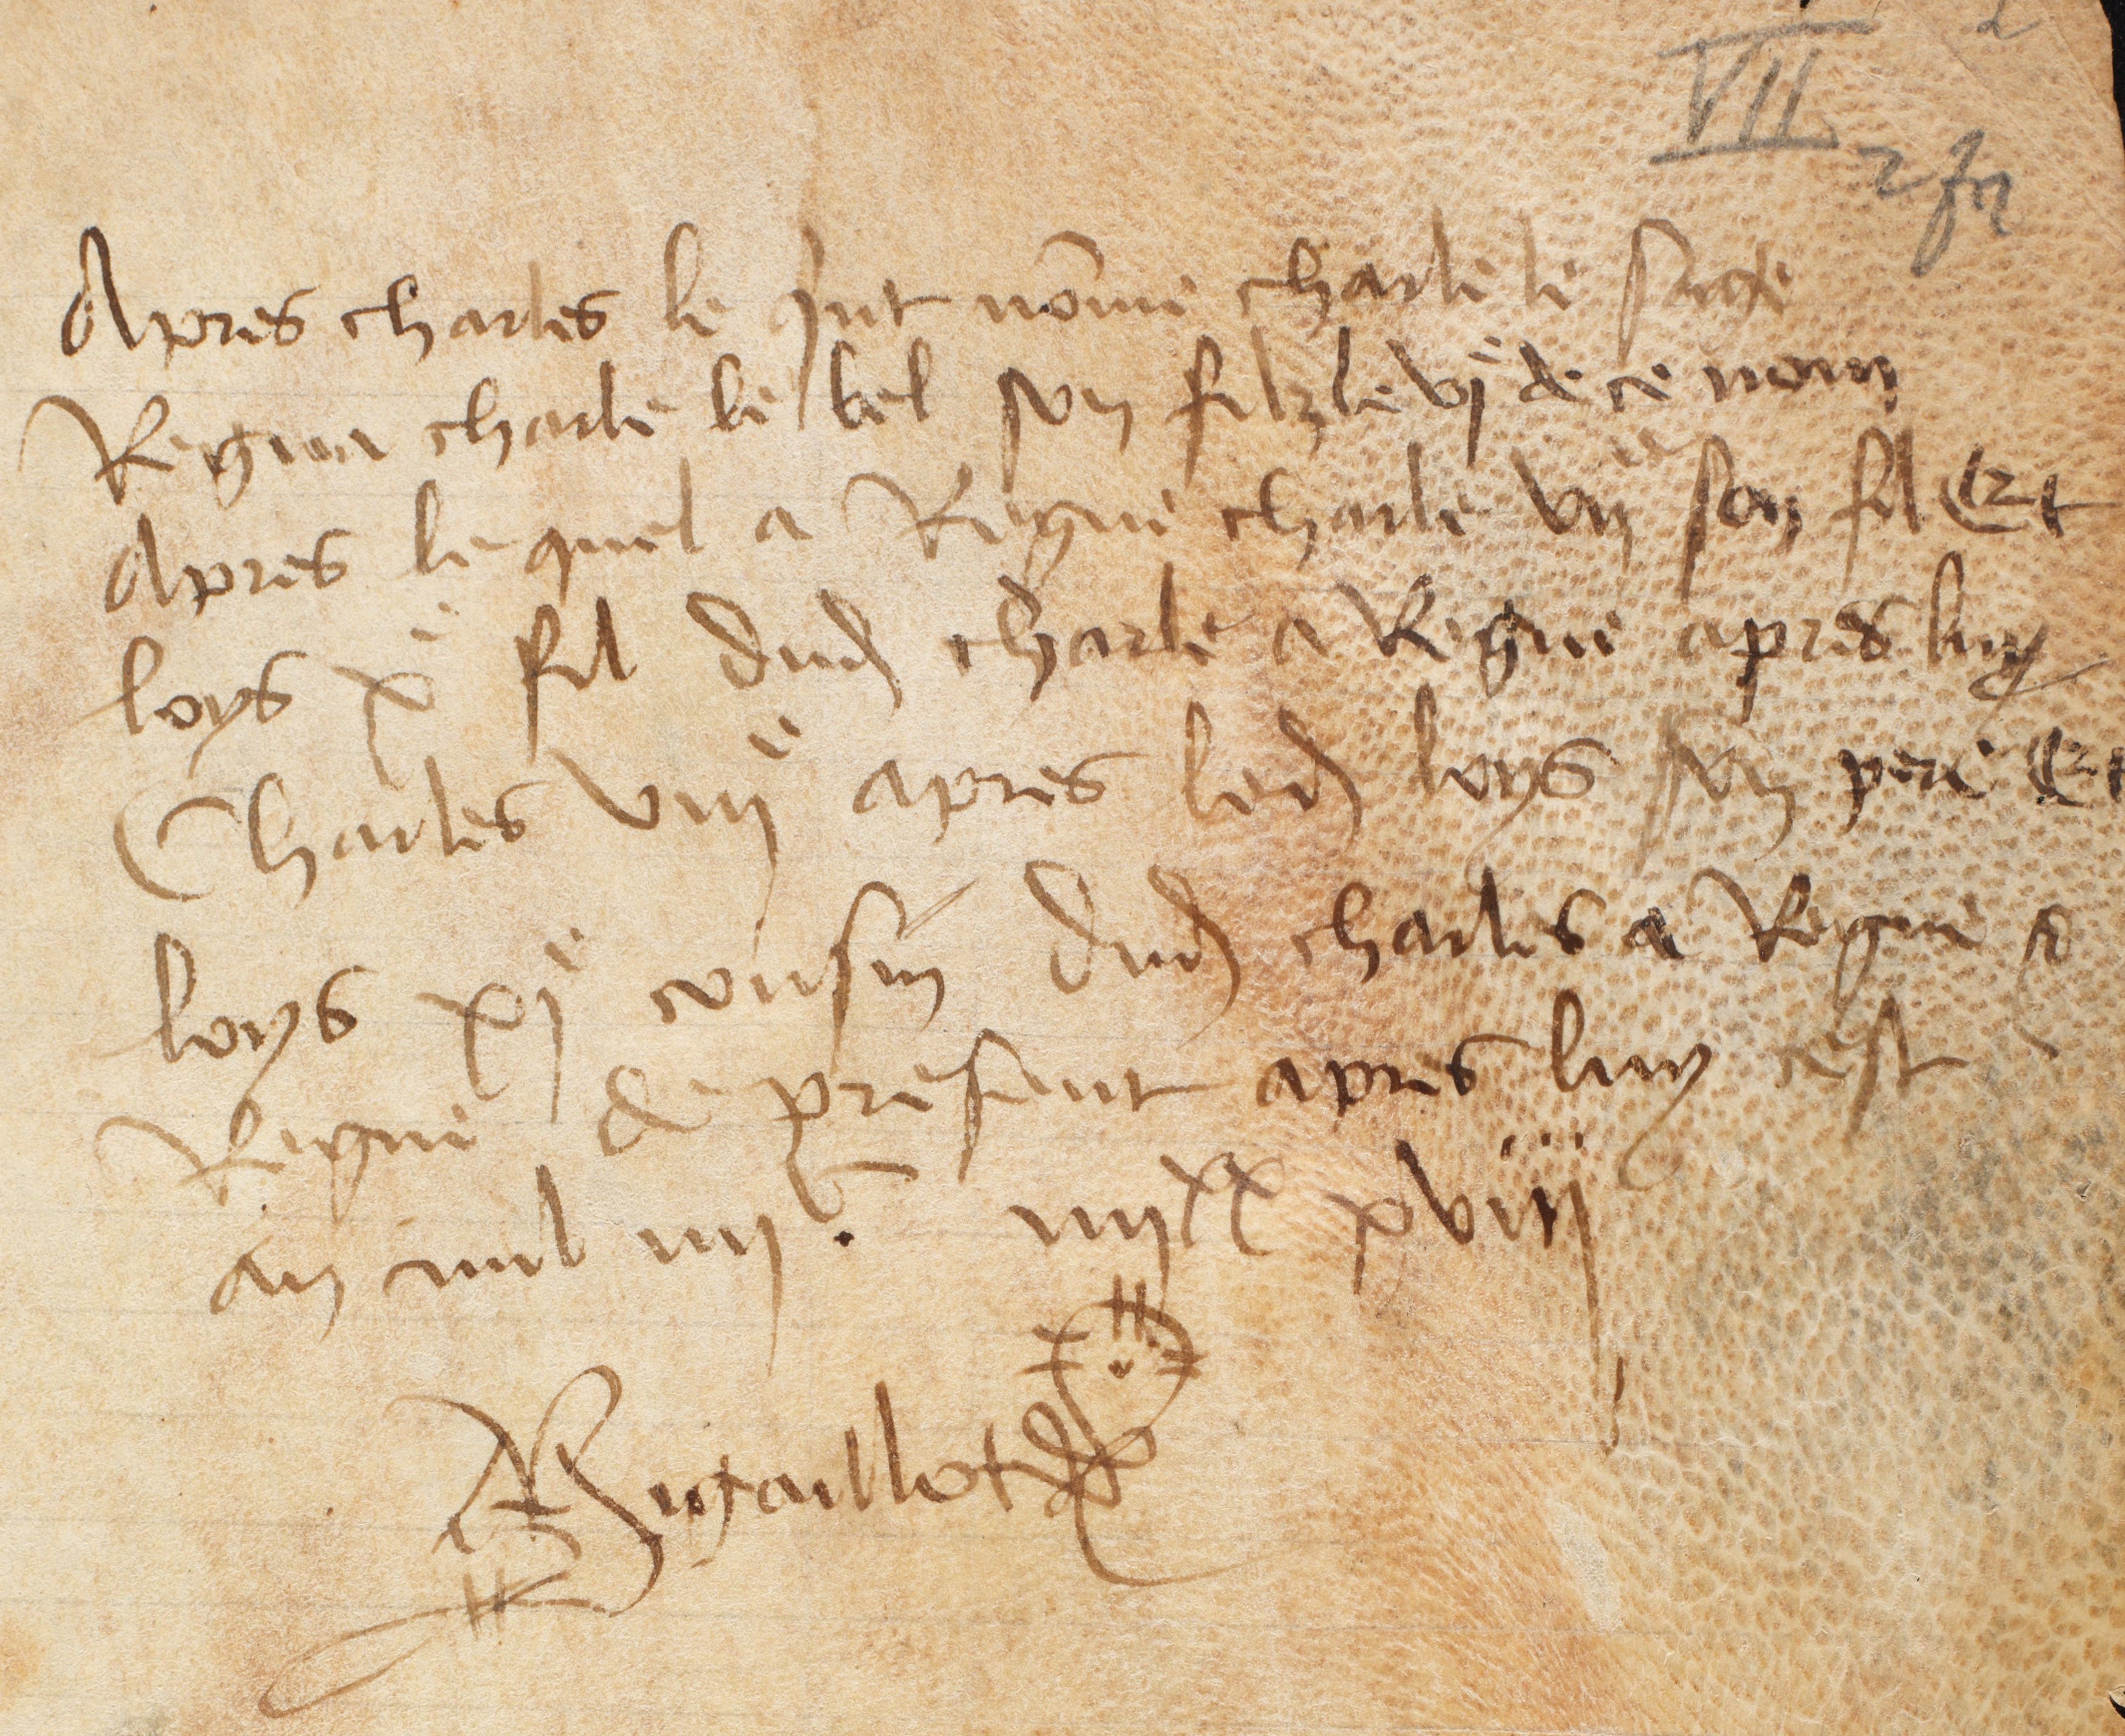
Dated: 1385–1515